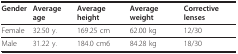
<table><thead><tr><td><b>Gender</b></td><td><b>Average age</b></td><td><b>Average height</b></td><td><b>Average weight</b></td><td><b>Corrective lenses</b></td></tr></thead><tbody><tr><td>Female</td><td>32.50 y.</td><td>169.25 cm</td><td>62.00 kg</td><td>12/30</td></tr><tr><td>Male</td><td>31.22 y.</td><td>184.0 cm6</td><td>84.28 kg</td><td>18/30</td></tr></tbody></table>